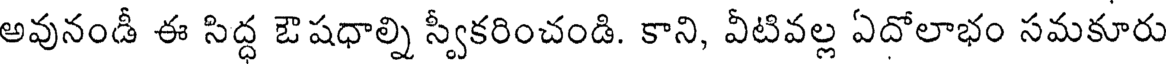
అవునండీ ఈ సిద్ధ ఔషధాల్ని స్వీకరించండి. కాని, వీటివల్ల ఏదోలాభం సమకూరు